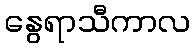
နွေရာသီကာလ